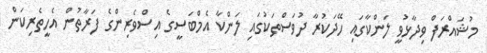
މުޝައްރަފް ވިދާޅުވީ ލަންކާގައި ހޭދަކުރާ ދުވަސްތަކުގައި ލަންކާ އެމްބަސީގެ އިސްވެރިންގެ ފަރާތުން އެހީތެރިކަން